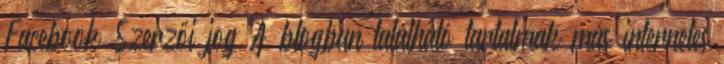
Facebook Szerzői jog A blogban található tartalmak más internetes